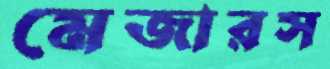
মেজারস